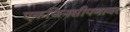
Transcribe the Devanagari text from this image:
एकजिनसीपणावर